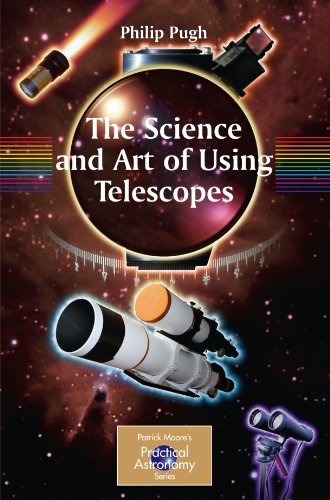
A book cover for The Science and Art of Using Telescopes (The Patrick Moore Practical Astronomy Series); Philip Pugh; Science & Math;